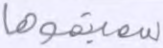
سميتموها